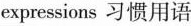
expressions习惯用语